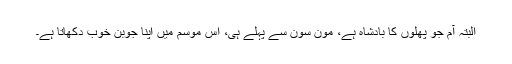
البتہ آم جو پھلوں کا بادشاہ ہے، مون سون سے پہلے ہی، اس موسم میں اپنا جوبن خوب دکھاتا ہے۔